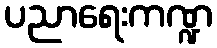
ပညာရေးကဏ္ဍ